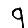
Digit: 9